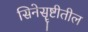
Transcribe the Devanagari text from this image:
सिनेसॄष्टीतील